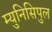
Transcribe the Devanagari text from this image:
म्युनिसिपुल